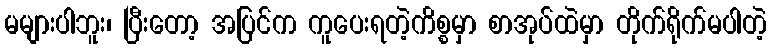
မများပါဘူး၊ ပြီးတော့ အပြင်က ကူပေးရတဲ့ကိစ္စမှာ စာအုပ်ထဲမှာ တိုက်ရိုက်မပါတဲ့